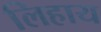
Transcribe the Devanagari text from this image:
लिहाय